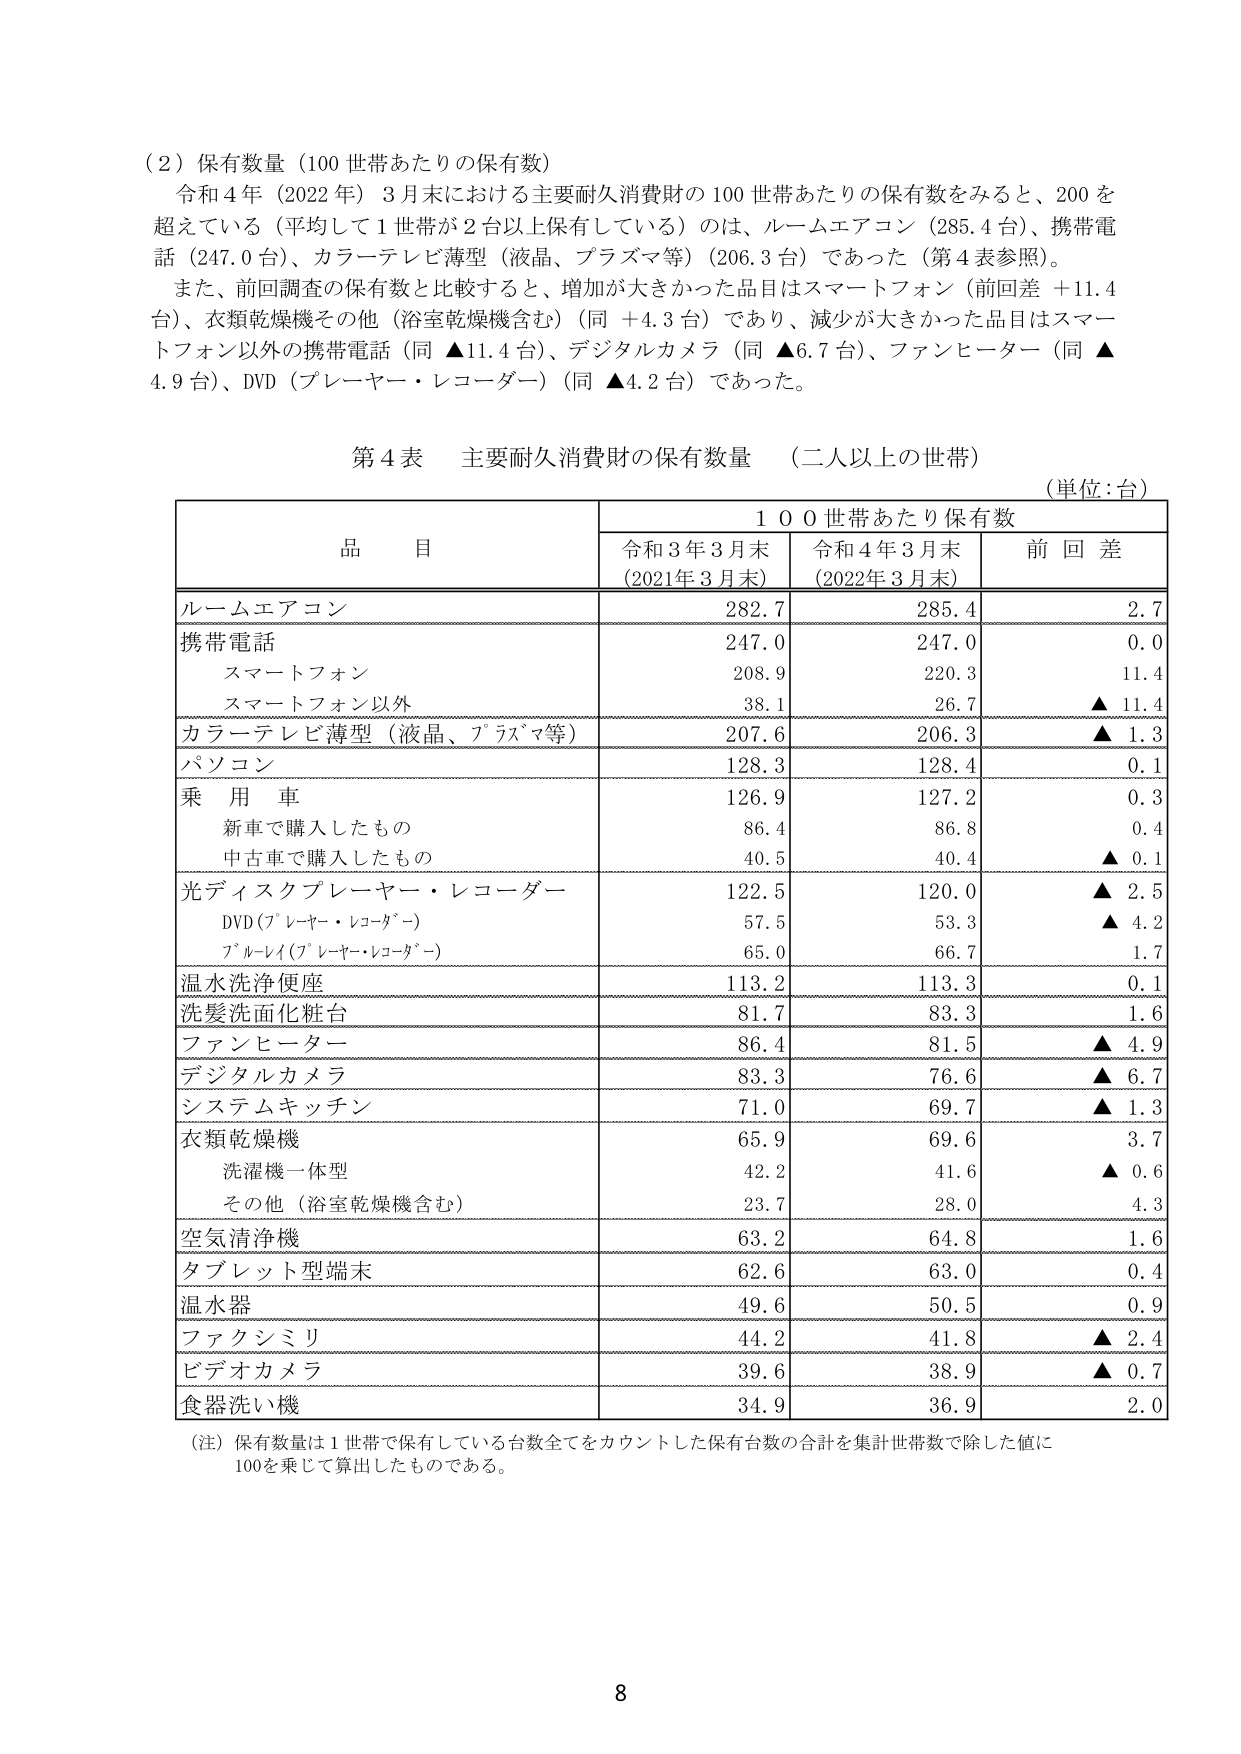
（２）保有数量（100 世帯あたりの保有数）

令和４年（2022 年）３月末における主要耐久消費財の 100 世帯あたりの保有数をみると、200 を超えている（平均して１世帯が２台以上保有している）のは、ルームエアコン（285.4 台）、携帯電話（247.0 台）、カラーテレビ薄型（液晶、プラズマ等）（206.3 台）であった（第４表参照）。

また、前回調査の保有数と比較すると、増加が大きかった品目はスマートフォン（前回差 ＋11.4 台）、衣類乾燥機その他（浴室乾燥機含む）（同 ＋4.3 台）であり、減少が大きかった品目はスマートフォン以外の携帯電話（同 ▲11.4 台）、デジタルカメラ（同 ▲6.7 台）、ファンヒーター（同 ▲4.9 台）、DVD（プレーヤー・レコーダー）（同 ▲4.2 台）であった。

第４表 主要耐久消費財の保有数量 （二人以上の世帯）
（単位：台）

| 品目 | 100世帯あたり保有数 | | |
|---|---|---|---|
| | 令和3年3月末（2021年3月末） | 令和4年3月末（2022年3月末） | 前回差 |
| ルームエアコン | 282.7 | 285.4 | 2.7 |
| 携帯電話 | 247.0 | 247.0 | 0.0 |
| スマートフォン | 208.9 | 220.3 | 11.4 |
| スマートフォン以外 | 38.1 | 26.7 | ▲11.4 |
| カラーテレビ薄型（液晶、プラズマ等） | 207.6 | 206.3 | ▲1.3 |
| パソコン | 128.3 | 128.4 | 0.1 |
| 乗用車 | 126.9 | 127.2 | 0.3 |
| 新車で購入したもの | 86.4 | 86.8 | 0.4 |
| 中古車で購入したもの | 40.5 | 40.4 | ▲0.1 |
| 光ディスクプレーヤー・レコーダー | 122.5 | 120.0 | ▲2.5 |
| DVD（プレーヤー・レコーダー） | 57.5 | 53.3 | ▲4.2 |
| ブルーレイ（プレーヤー・レコーダー） | 65.0 | 66.7 | 1.7 |
| 温水洗浄便座 | 113.2 | 113.3 | 0.1 |
| 洗髪洗面化粧台 | 81.7 | 83.3 | 1.6 |
| ファンヒーター | 86.4 | 81.5 | ▲4.9 |
| デジタルカメラ | 83.3 | 76.6 | ▲6.7 |
| システムキッチン | 71.0 | 69.7 | ▲1.3 |
| 衣類乾燥機 | 65.9 | 69.6 | 3.7 |
| 洗濯機一体型 | 42.2 | 41.6 | ▲0.6 |
| その他（浴室乾燥機含む） | 23.7 | 28.0 | 4.3 |
| 空気清浄機 | 63.2 | 64.8 | 1.6 |
| タブレット型端末 | 62.6 | 63.0 | 0.4 |
| 温水器 | 49.6 | 50.5 | 0.9 |
| ファクシミリ | 44.2 | 41.8 | ▲2.4 |
| ビデオカメラ | 39.6 | 38.9 | ▲0.7 |
| 食器洗い機 | 34.9 | 36.9 | 2.0 |

（注）保有数量は１世帯で保有している台数全てをカウントした保有台数の合計を集計世帯数で除した値に100を乗じて算出したものである。

8